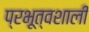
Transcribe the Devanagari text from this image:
प्रभूत्वशाली